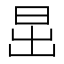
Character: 𣅽